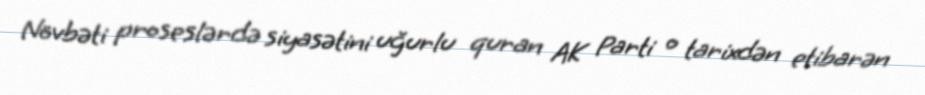
Növbəti proseslərdə siyasətini uğurlu quran AK Parti o tarixdən etibarən